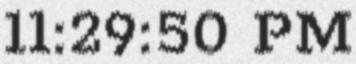
11:29:50 PM